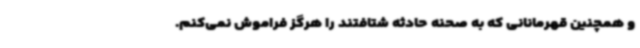
و همچنین قهرمانانی که به صحنه حادثه شتافتند را هرگز فراموش نمی‌کنم.